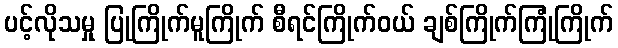
ပင့်လိုသမှု ပြုကြိုက်မူကြိုက် စီရင်ကြိုက်ဝယ် ချစ်ကြိုက်ကြုံကြိုက်